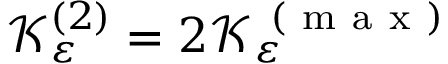
\mathcal { K } _ { \varepsilon } ^ { ( 2 ) } = 2 \mathcal { K } _ { \varepsilon } ^ { \mathrm { ~ ( ~ m ~ a ~ x ~ ) ~ } }